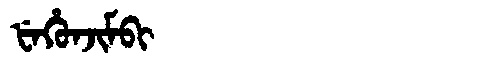
Manchu: ᡶᡝᡥᡠᠨᠵᡳᠮᠪᡳ
Romanization: FEHUNJIMBI